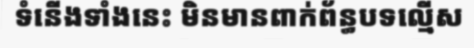
ទំនើងទាំងនេះ មិនមានពាក់ព័ន្ធបទល្មើស